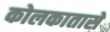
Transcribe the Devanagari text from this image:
कोलकातासे